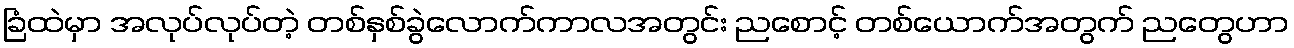
ခြံထဲမှာ အလုပ်လုပ်တဲ့ တစ်နှစ်ခွဲလောက်ကာလအတွင်း ညစောင့် တစ်ယောက်အတွက် ညတွေဟာ